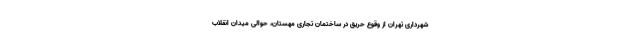
شهرداری تهران از وقوع حریق در ساختمان تجاری مهستان، حوالی میدان انقلاب